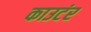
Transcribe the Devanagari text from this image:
काउटंर